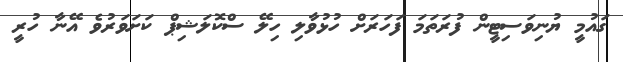
ގައުމީ ޔުނިވަސިޓީން ފުރަތަމަ ފަހަރަށް ހުޅުވާލި ހިލޭ ސްކޮލަޝިޕް ކަށަވަރުވެ އޭނާ ހުރީ